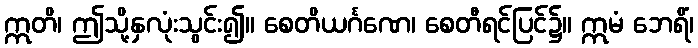
ဣတိ၊ ဤသို့နှလုံးသွင်း၍။ စေတိယင်္ဂဏေ၊ စေတီရင်ပြင်၌။ ဣမံ ဘေရိံ၊